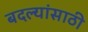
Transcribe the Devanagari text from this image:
बदल्यांसाठी